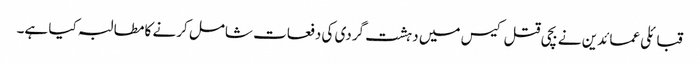
قبائلی عمائدین نے بچی قتل کیس میں دہشت گردی کی دفعات شامل کرنے کا مطالبہ کیا ہے۔